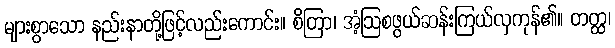
များစွာသော နည်းနာတို့ဖြင့်လည်းကောင်း။ စိတြာ၊ အံ့ဩစဖွယ်ဆန်းကြယ်လှကုန်၏။ တတ္ထ၊